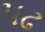
પઢ